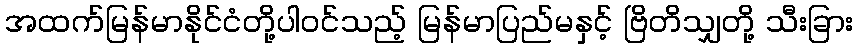
အထက်မြန်မာနိုင်ငံတို့ပါဝင်သည့် မြန်မာပြည်မနှင့် ဗြိတိသျှတို့ သီးခြား